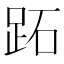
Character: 跖